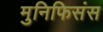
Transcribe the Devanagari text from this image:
मुनिफिसंस